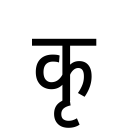
OCR:
कृ